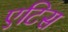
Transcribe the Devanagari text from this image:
एटिस